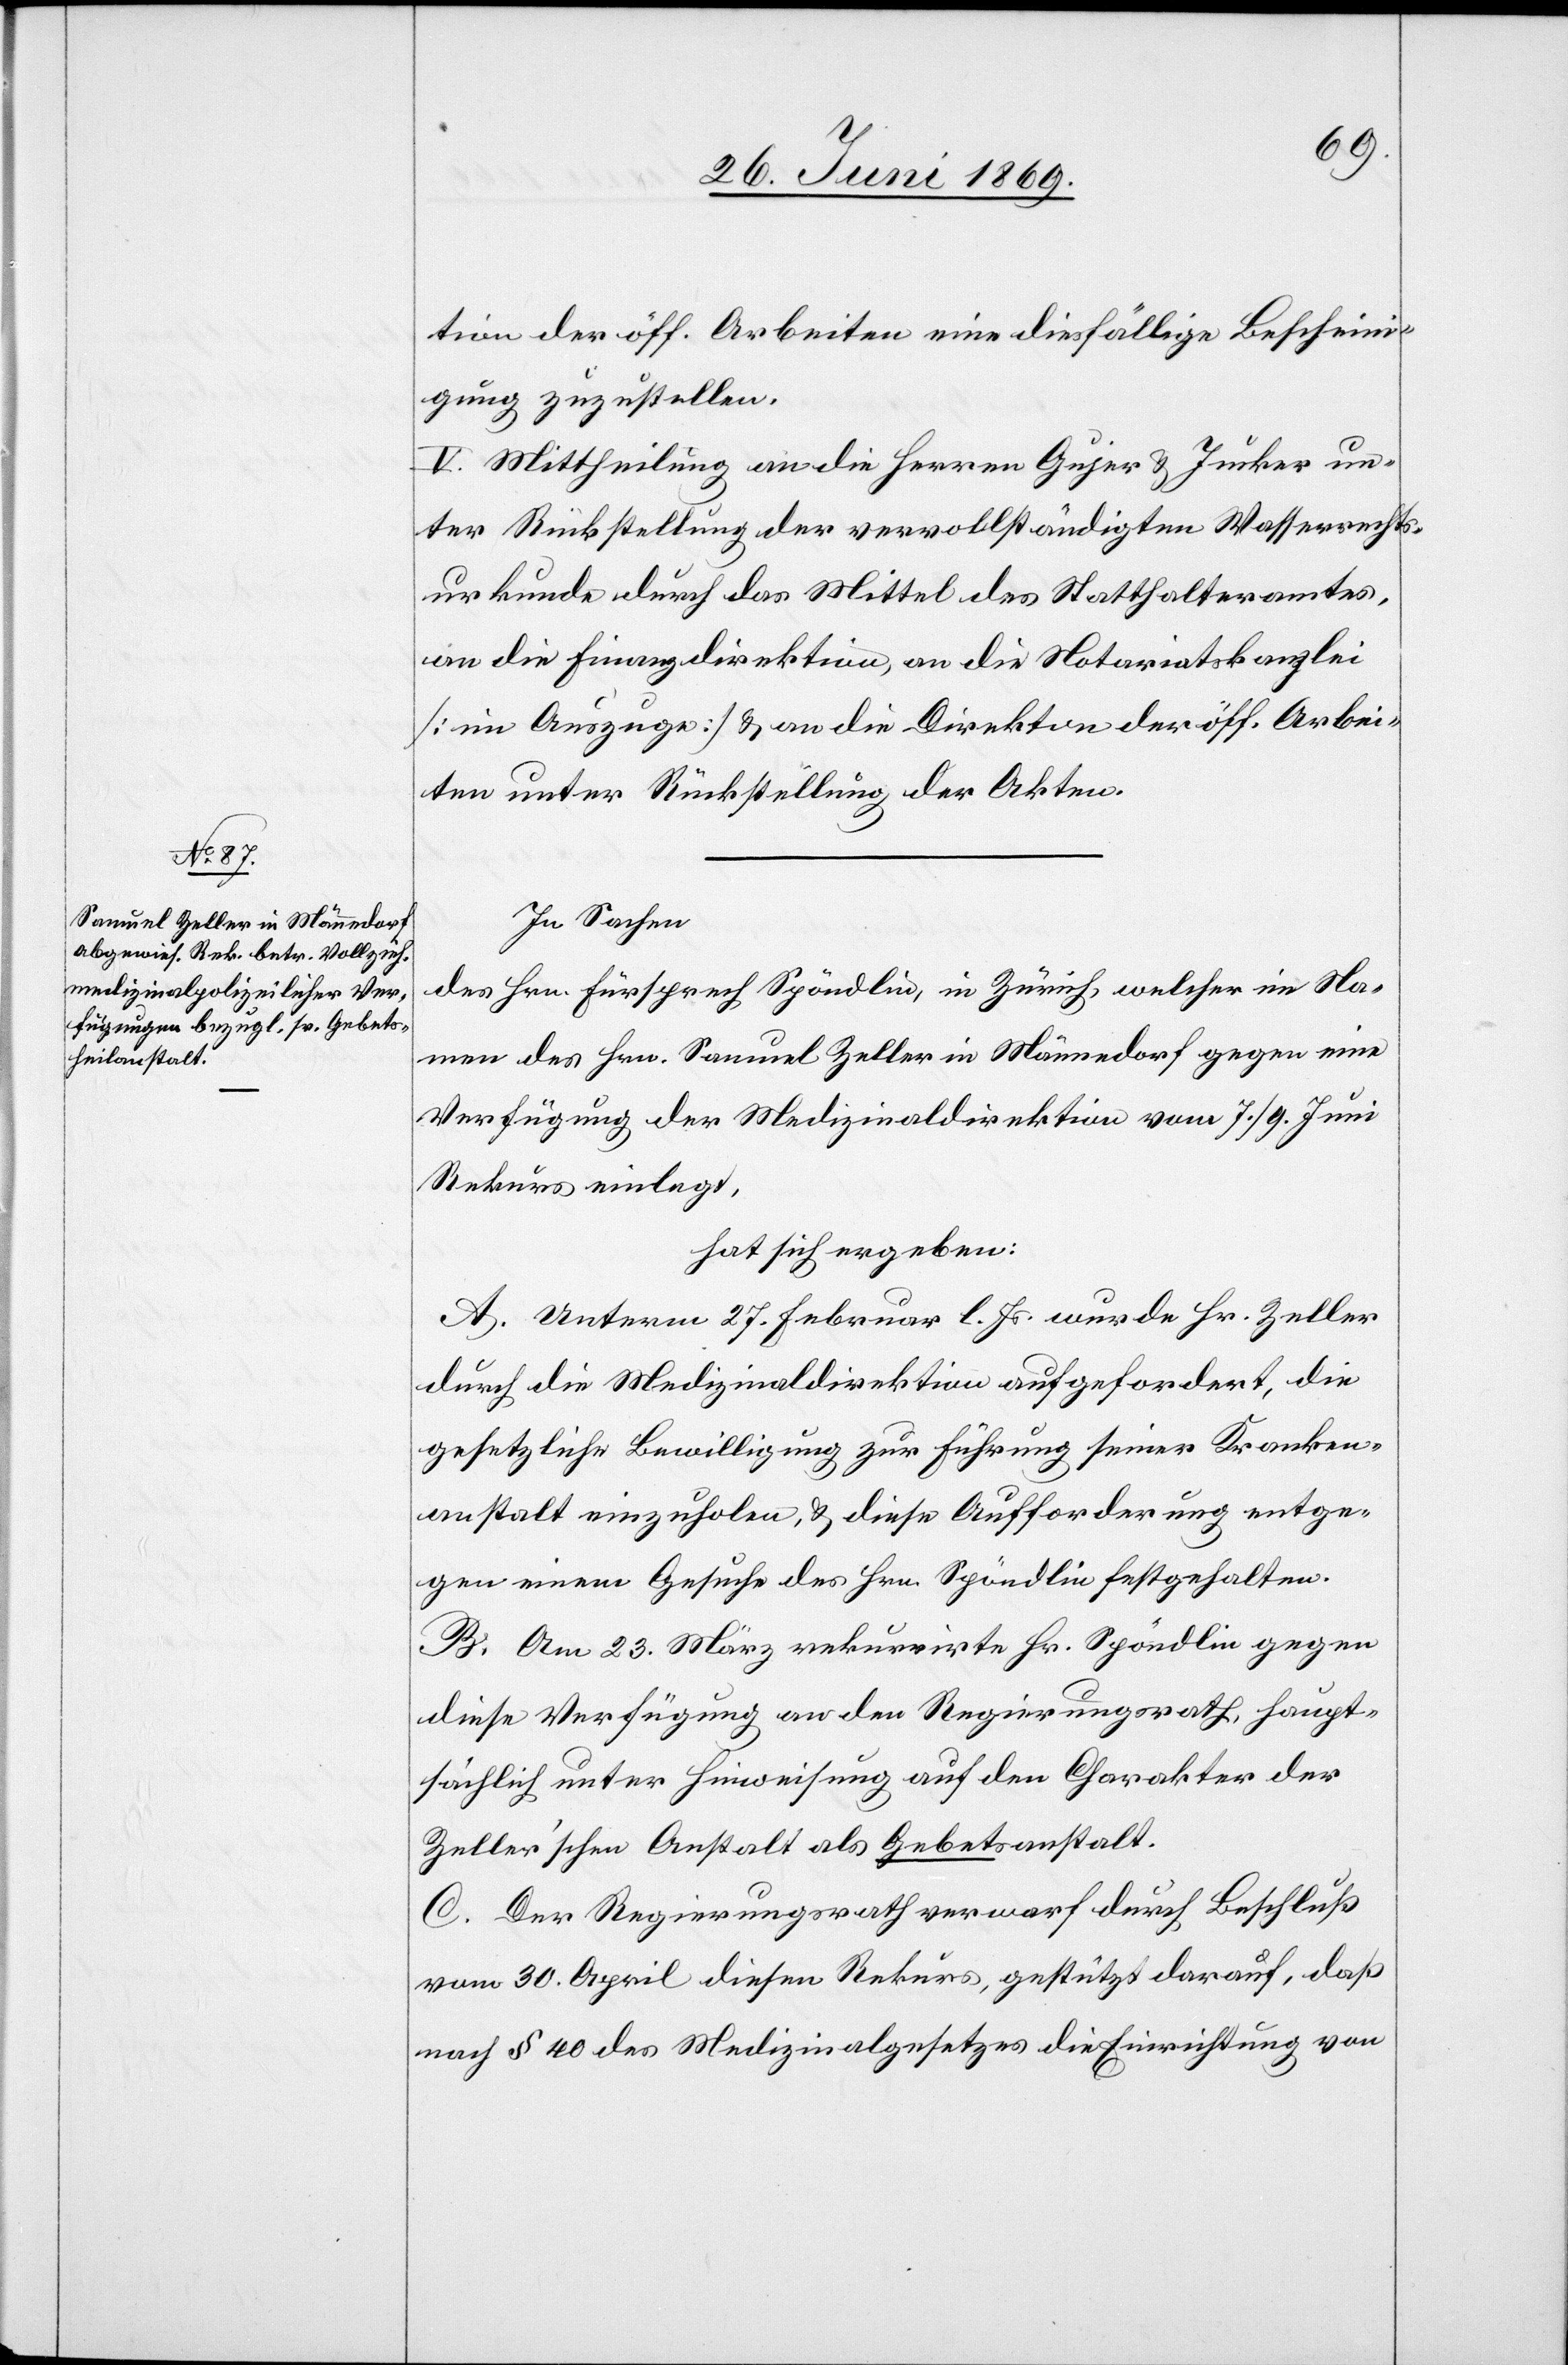
tion der öff. Arbeiten eine diesfällige Bescheini¬
gung zuzustellen.
V. Mittheilung an die Herren Gujer u. Jucker un¬
ter Rückstellung der vervollständigten Wasserrechts¬
urkunde durch das Mittel des Statthalteramtes,
an die Finanzdirektion, an die Notariatskanzlei
[im Auszuge] u. an die Direktion der öff. Arbei¬
ten unter Rückstellung der Akten.
In Sachen
Namen des Hrn. Samuel Zeller in Männedorf gegen eine
Verfügung der Medizinaldirektion vom 7./9 Juni
Rekurs eingelegt,
hat sich ergeben:
A. Unterm 27 Februar l. Js. wurde Hr. Zeller
durch die Medizinaldirektion aufgefordert, die
gesetzliche Bewilligung zur Führung seiner Kranken¬
anstalt einzuholen, u. diese Aufforderung entge¬
gen einem Gesuche des Hrn. Spöndlin festgehalten.
B. Am 23 März rekurrirte Hr. Spöndlin gegen
diese Verfügung an den Regierungsrath, haupt¬
sächlich unter Hinweisung auf den Charakter der
Zeller’schen Anstalt als Gebetsanstalt.
C. Der Regierungsrath verwarf durch Beschluß
vom 30 April diesen Rekurs, gestützt darauf, daß
nach § 40 des Medizinalgesetzes die Einrichtung von